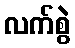
လက်စွဲ